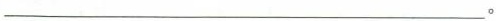
____________。